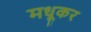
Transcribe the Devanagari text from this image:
मधूकर